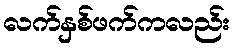
လက်နှစ်ဖက်ကလည်း